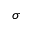
\sigma